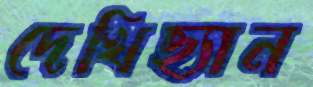
দেখিছ্যান